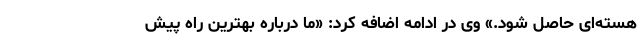
هسته‌ای حاصل شود.» وی در ادامه اضافه کرد: «ما درباره بهترین راه پیش